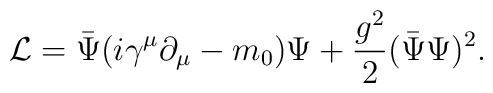
{\cal L}=\bar\Psi(i\gamma^{\mu}\partial_\mu-m_0)\Psi +\frac{g^2}{2}(\bar\Psi\Psi)^2.